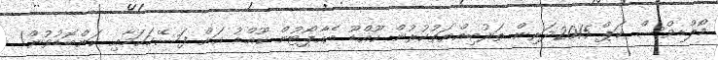
މޯލްޑިވްސް ކަޕް 2015ދަރިން ތަރުބިއްޔަތުކުރުން ކޫއްޑޫ އެއާޕޯޓުން ކޫއްޑު އަށް ފަސޭހަކަމާއި ކަންބޮޑުވުން!